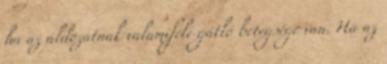
ha az áldozatnak valamiféle gátló betegsége van. Ha az